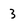
Character: 3